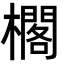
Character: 櫊